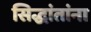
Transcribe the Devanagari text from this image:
सिद्धांतांना